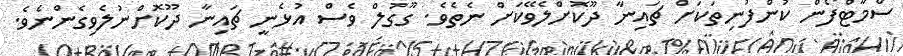
ސްމާޓްފޯން ކުންފުނިތަކަށް ޗައިނާ ދޫކޮށްލެވޭކަށް ނެތެވެ. ގޫގުލް ވެސް އުޅެނީ ޗައިނާ ދޫކޮށްނުލެވިގެންނެވެ.